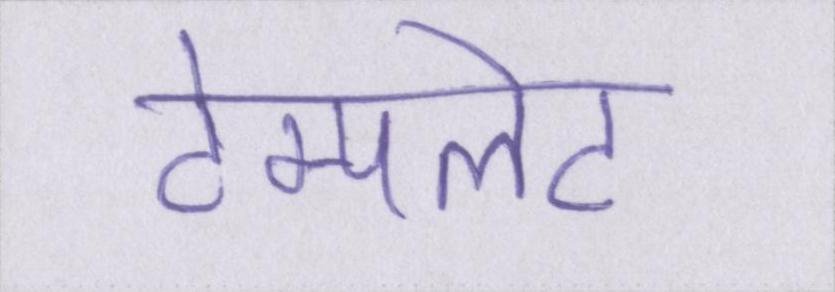
टेम्पलेट